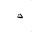
Letter: _thal